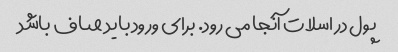
پول در اسلات آنجا می رود. برای ورود باید صاف باشد